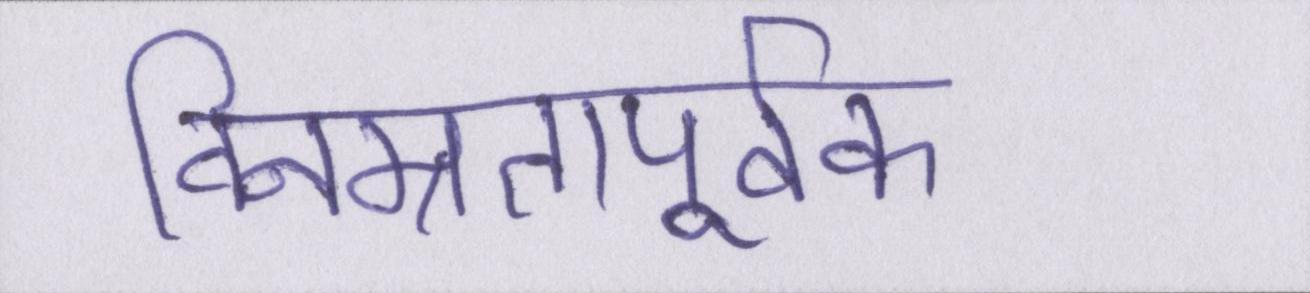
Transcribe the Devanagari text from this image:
विनम्रतापूर्वक